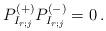
LaTeX: \begin{align*}P^{(+)}_{I_{r;j}}P^{(-)}_{I_{r;j}}=0\,.\end{align*}